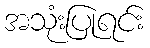
အသုံးပြုရင်း